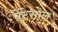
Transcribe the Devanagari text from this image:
पेंटेसोल